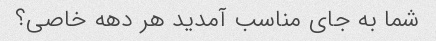
شما به جای مناسب آمدید هر دهه خاصی؟